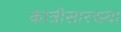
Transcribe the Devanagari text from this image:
कात्रीसारख्या